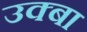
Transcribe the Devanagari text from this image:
उक्बा